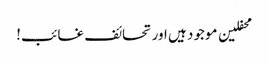
محفلین موجود ہیں اور تحائف غائب!